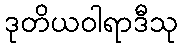
ဒုတိယဝါရာဒီသု